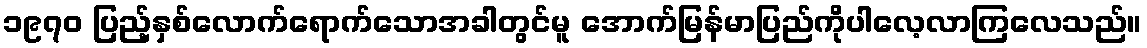
၁၉၇၀ ပြည့်နှစ်လောက်ရောက်သောအခါတွင်မူ အောက်မြန်မာပြည်ကိုပါလေ့လာကြလေသည်။